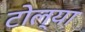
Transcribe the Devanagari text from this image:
टोल्या